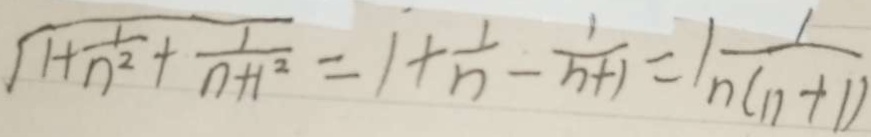
\sqrt { 1 + \frac { 1 } { n ^ { 2 } } + \frac { 1 } { n + 1 ^ { 2 } } } = 1 + \frac { 1 } { n } - \frac { 1 } { n + 1 } = 1 \frac { 1 } { n ( n + 1 ) }